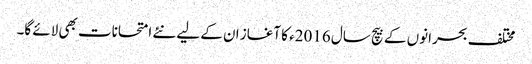
مختلف بحرانوں کے بیچ سال 2016ء کا آغاز ان کے لیے نئے امتحانات بھی لائے گا۔